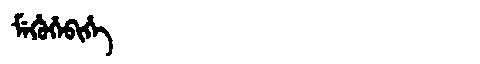
Manchu: ᠮᡝᡥᡠᡥᡝᠪᡳᡥᡝ
Romanization: MEHUHEBIHE